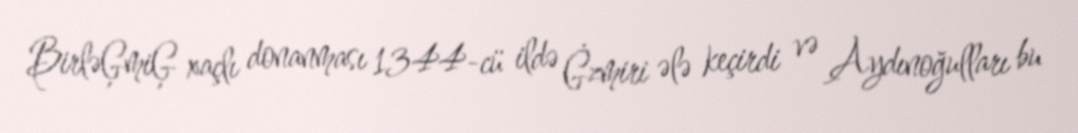
BirləĢmiĢ xaçlı donanması 1344-cü ildə Ġzmiri ələ keçirdi və Aydınoğulları bu